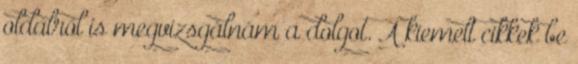
oldalról is megvizsgálnám a dolgot. A kiemelt cikkek be